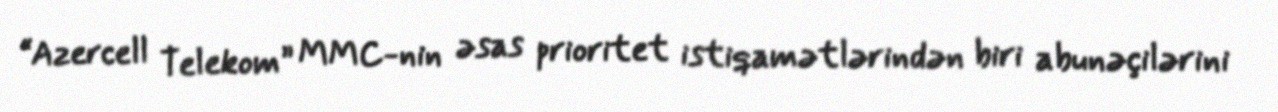
“Azercell Telekom” MMC-nin əsas prioritet istiqamətlərindən biri abunəçilərini